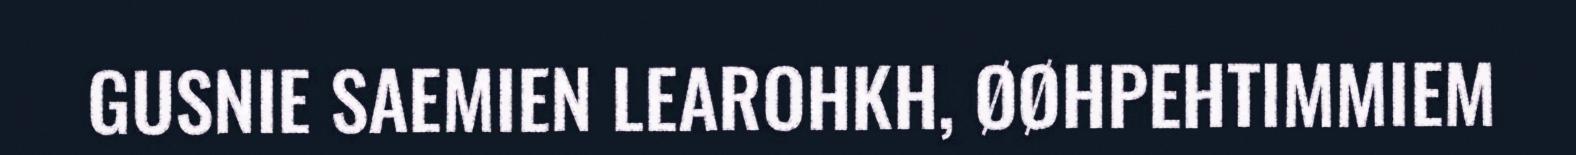
GUSNIE SAEMIEN LEAROHKH, ØØHPEHTIMMIEM